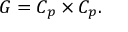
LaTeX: G = C _ { p } \times C _ { p } .